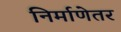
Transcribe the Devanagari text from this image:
निर्माणेतर